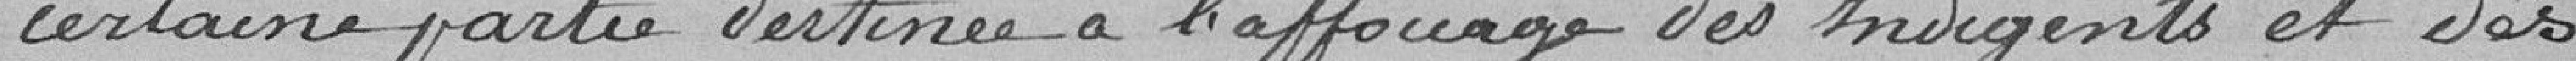
certaine partie destinée à l'affouage des indigents et des